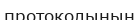
протоколының